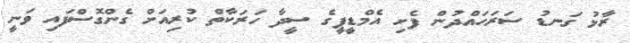
ރާޅު ގަނޑު ސަރަހައްދުން ފެށި އެމްޑީޕީގެ ސީދާ ހަރަކާތް ކުރިއަށް ގެންގޮސްފައި ވަނީ